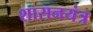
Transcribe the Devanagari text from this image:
शासनयंत्र